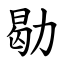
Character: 㔠